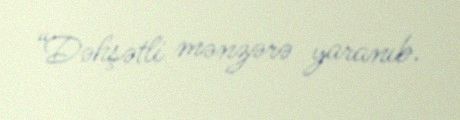
“Dəhşətli mənzərə yaranıb.